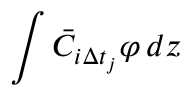
\int \bar { C } _ { i \Delta t _ { j } } \varphi \mathop { } \! { d { z } }